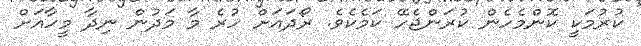
ކުރުމަކީ ކޮންމެހެން ކުރަންޖެހޭ ކަމެކެވެ. ރޯދައަށް ހުރެ މާ މަދުން ނިދާ މީހާއަށް